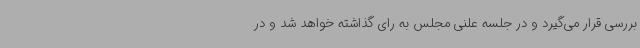
بررسی قرار می‌گیرد و در جلسه علنی مجلس به رای گذاشته خواهد شد و در